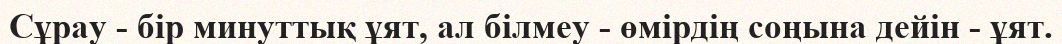
Сұрау - бір минуттық ұят, ал білмеу - өмірдің соңына дейін - ұят.